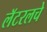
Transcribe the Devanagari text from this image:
लॅटरलचे